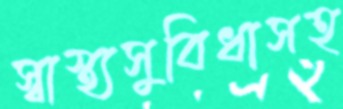
স্বাস্থ্যসুবিধাসহ